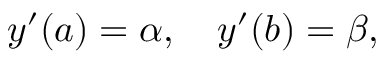
y ^ { \prime } ( a ) = \alpha , \quad y ^ { \prime } ( b ) = \beta ,